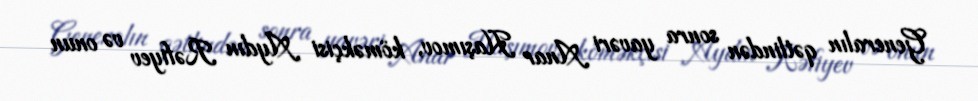
Generalın qətlindən sonra yavəri Anar Haşımov, köməkçisi Aydın Rəfiyev və onun